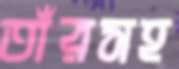
তাঁরসহ